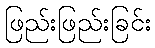
ဖြည်းဖြည်းခြင်း